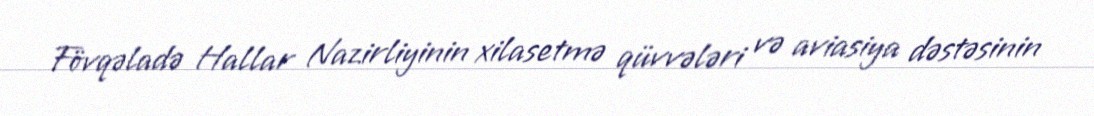
Fövqəladə Hallar Nazirliyinin xilasetmə qüvvələri və aviasiya dəstəsinin